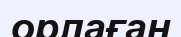
орлаған